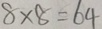
8 \times 8 = 6 4